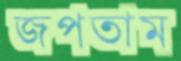
জপতাম